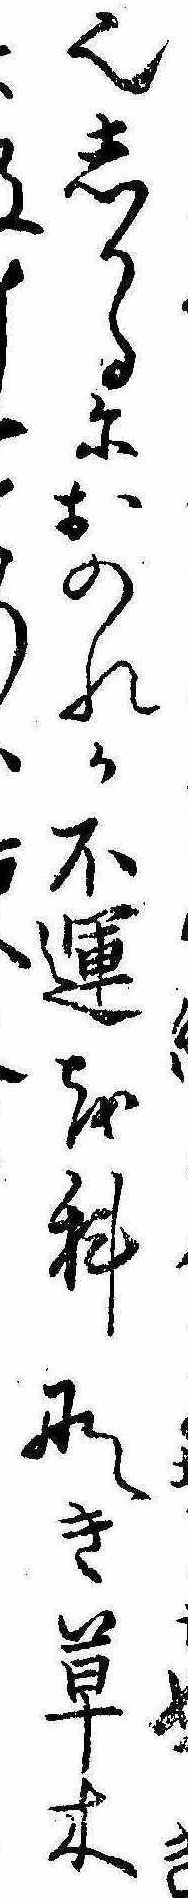
き也しかるにおのれか不運を科なき草木也